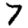
Digit: 7